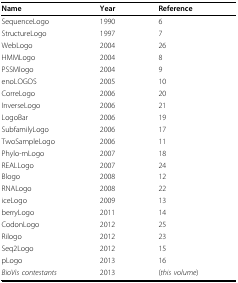
<table><thead><tr><td><b>Name</b></td><td><b>Year</b></td><td><b>Reference</b></td></tr></thead><tbody><tr><td>SequenceLogo</td><td>1990</td><td>6</td></tr><tr><td>StructureLogo</td><td>1997</td><td>7</td></tr><tr><td>WebLogo</td><td>2004</td><td>26</td></tr><tr><td>HMMLogo</td><td>2004</td><td>8</td></tr><tr><td>PSSMlogo</td><td>2004</td><td>9</td></tr><tr><td>enoLOGOS</td><td>2005</td><td>10</td></tr><tr><td>CorreLogo</td><td>2006</td><td>20</td></tr><tr><td>InverseLogo</td><td>2006</td><td>21</td></tr><tr><td>LogoBar</td><td>2006</td><td>19</td></tr><tr><td>SubfamilyLogo</td><td>2006</td><td>17</td></tr><tr><td>TwoSampleLogo</td><td>2006</td><td>11</td></tr><tr><td>Phylo-mLogo</td><td>2007</td><td>18</td></tr><tr><td>REALLogo</td><td>2007</td><td>24</td></tr><tr><td>Blogo</td><td>2008</td><td>12</td></tr><tr><td>RNALogo</td><td>2008</td><td>22</td></tr><tr><td>iceLogo</td><td>2009</td><td>13</td></tr><tr><td>berryLogo</td><td>2011</td><td>14</td></tr><tr><td>CodonLogo</td><td>2012</td><td>25</td></tr><tr><td>Rilogo</td><td>2012</td><td>23</td></tr><tr><td>Seq2Logo</td><td>2012</td><td>15</td></tr><tr><td>pLogo</td><td>2013</td><td>16</td></tr><tr><td><i>BioVis contestants</i></td><td>2013</td><td>(<i>this volume</i>)</td></tr></tbody></table>